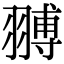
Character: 䎔